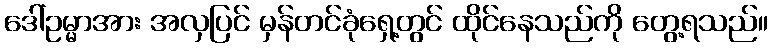
ဒေါ်ဥမ္မာအား အလှပြင် မှန်တင်ခုံရှေ့တွင် ထိုင်နေသည်ကို တွေ့ရသည်။